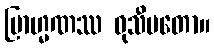
ဗြာဟ္မဏဿ ဝုသီမတော။